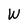
Character: W